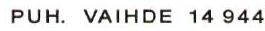
PUH.VAIHDE 14944